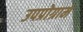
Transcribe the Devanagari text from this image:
उपप्रोग्राम